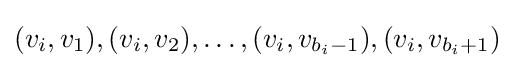
(v_{i},v_{1}),(v_{i},v_{2}),\dots ,(v_{i},v_{b_{i}-1}),(v_{i},v_{b_{i}+1})